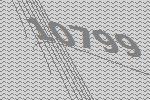
10799